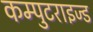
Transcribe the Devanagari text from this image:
कम्पुटराइज्ड